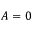
A = 0